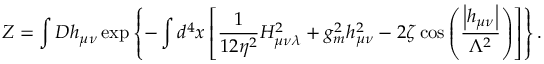
{ \cal Z } = \int D h _ { \mu \nu } \exp \left\{ - \int d ^ { 4 } x \left[ \frac { 1 } { 1 2 \eta ^ { 2 } } H _ { \mu \nu \lambda } ^ { 2 } + g _ { m } ^ { 2 } h _ { \mu \nu } ^ { 2 } - 2 \zeta \cos \left( \frac { \left| h _ { \mu \nu } \right| } { \Lambda ^ { 2 } } \right) \right] \right\} .